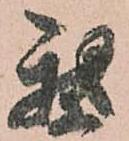
我